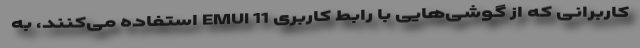
کاربرانی که از گوشی‌هایی با رابط کاربری EMUI 11 استفاده می‌کنند، به